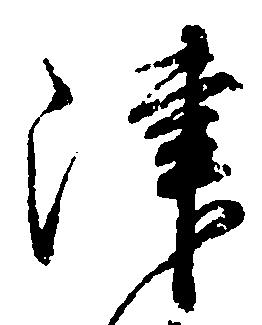
津